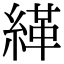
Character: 緙